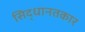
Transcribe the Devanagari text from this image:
सिद्धानतकार